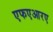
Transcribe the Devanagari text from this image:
एफएआरए